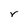
Character: r